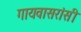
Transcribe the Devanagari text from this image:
गायवासरांसी